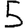
Digit: 5